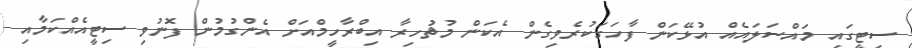
ސިޓީގައި މައްސަލައެއް އުޅޭކަން ފާހަގަކުރެވިގެން އެކަން މުޡުހިރާ އިބްރާހީމްއަށް އެންގުމުން ފޮނުވި ސިޓީއެއްކަމާއި